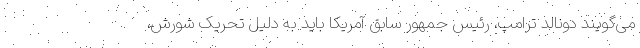
می‌گویند دونالد ترامپ، رئیس جمهور سابق آمریکا باید به دلیل تحریک شورش،